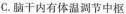
C.脑干内有体温调节中枢